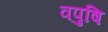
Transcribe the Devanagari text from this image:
वपुषि